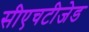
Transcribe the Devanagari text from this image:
सीएचटीजेड